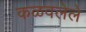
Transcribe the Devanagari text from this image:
कळवलेले